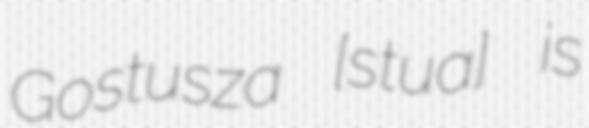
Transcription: Gostusza [ɡɔsˈtuʂa] is